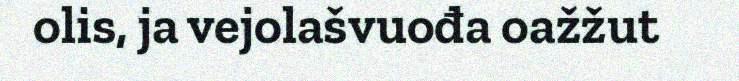
olis, ja vejolašvuođa oažžut